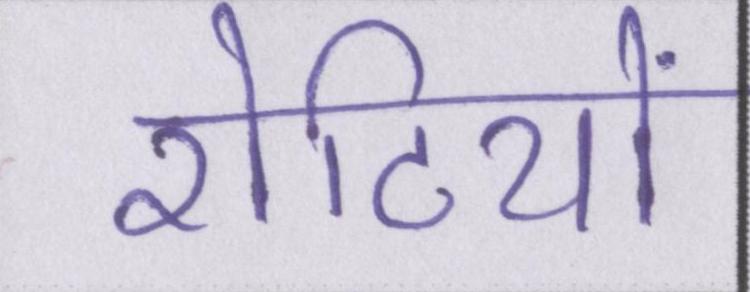
रोटियों